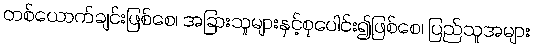
တစ်ယောက်ချင်းဖြစ်စေ၊ အခြားသူများနှင့်စုပေါင်း၍ဖြစ်စေ၊ ပြည်သူအများ